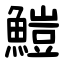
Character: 䱺